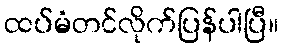
ထပ်မံတင်လိုက်ပြန်ပါပြီ။